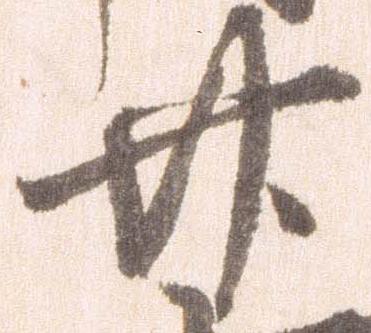
廿